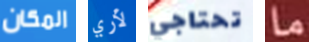
المكان لأري تحتاجي ما